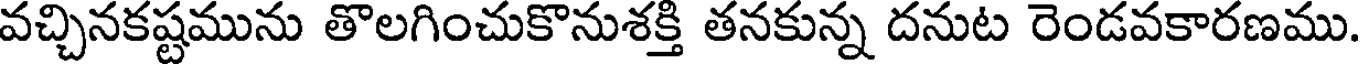
వచ్చినకష్టమును తొలగించుకొనుశక్తి తనకున్న దనుట రెండవకారణము